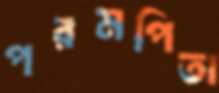
পরমপিতা